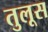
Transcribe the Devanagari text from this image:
तुलूस